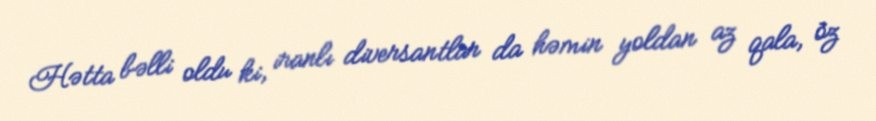
Hətta bəlli oldu ki, iranlı diversantlar da həmin yoldan az qala, öz